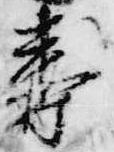
寿